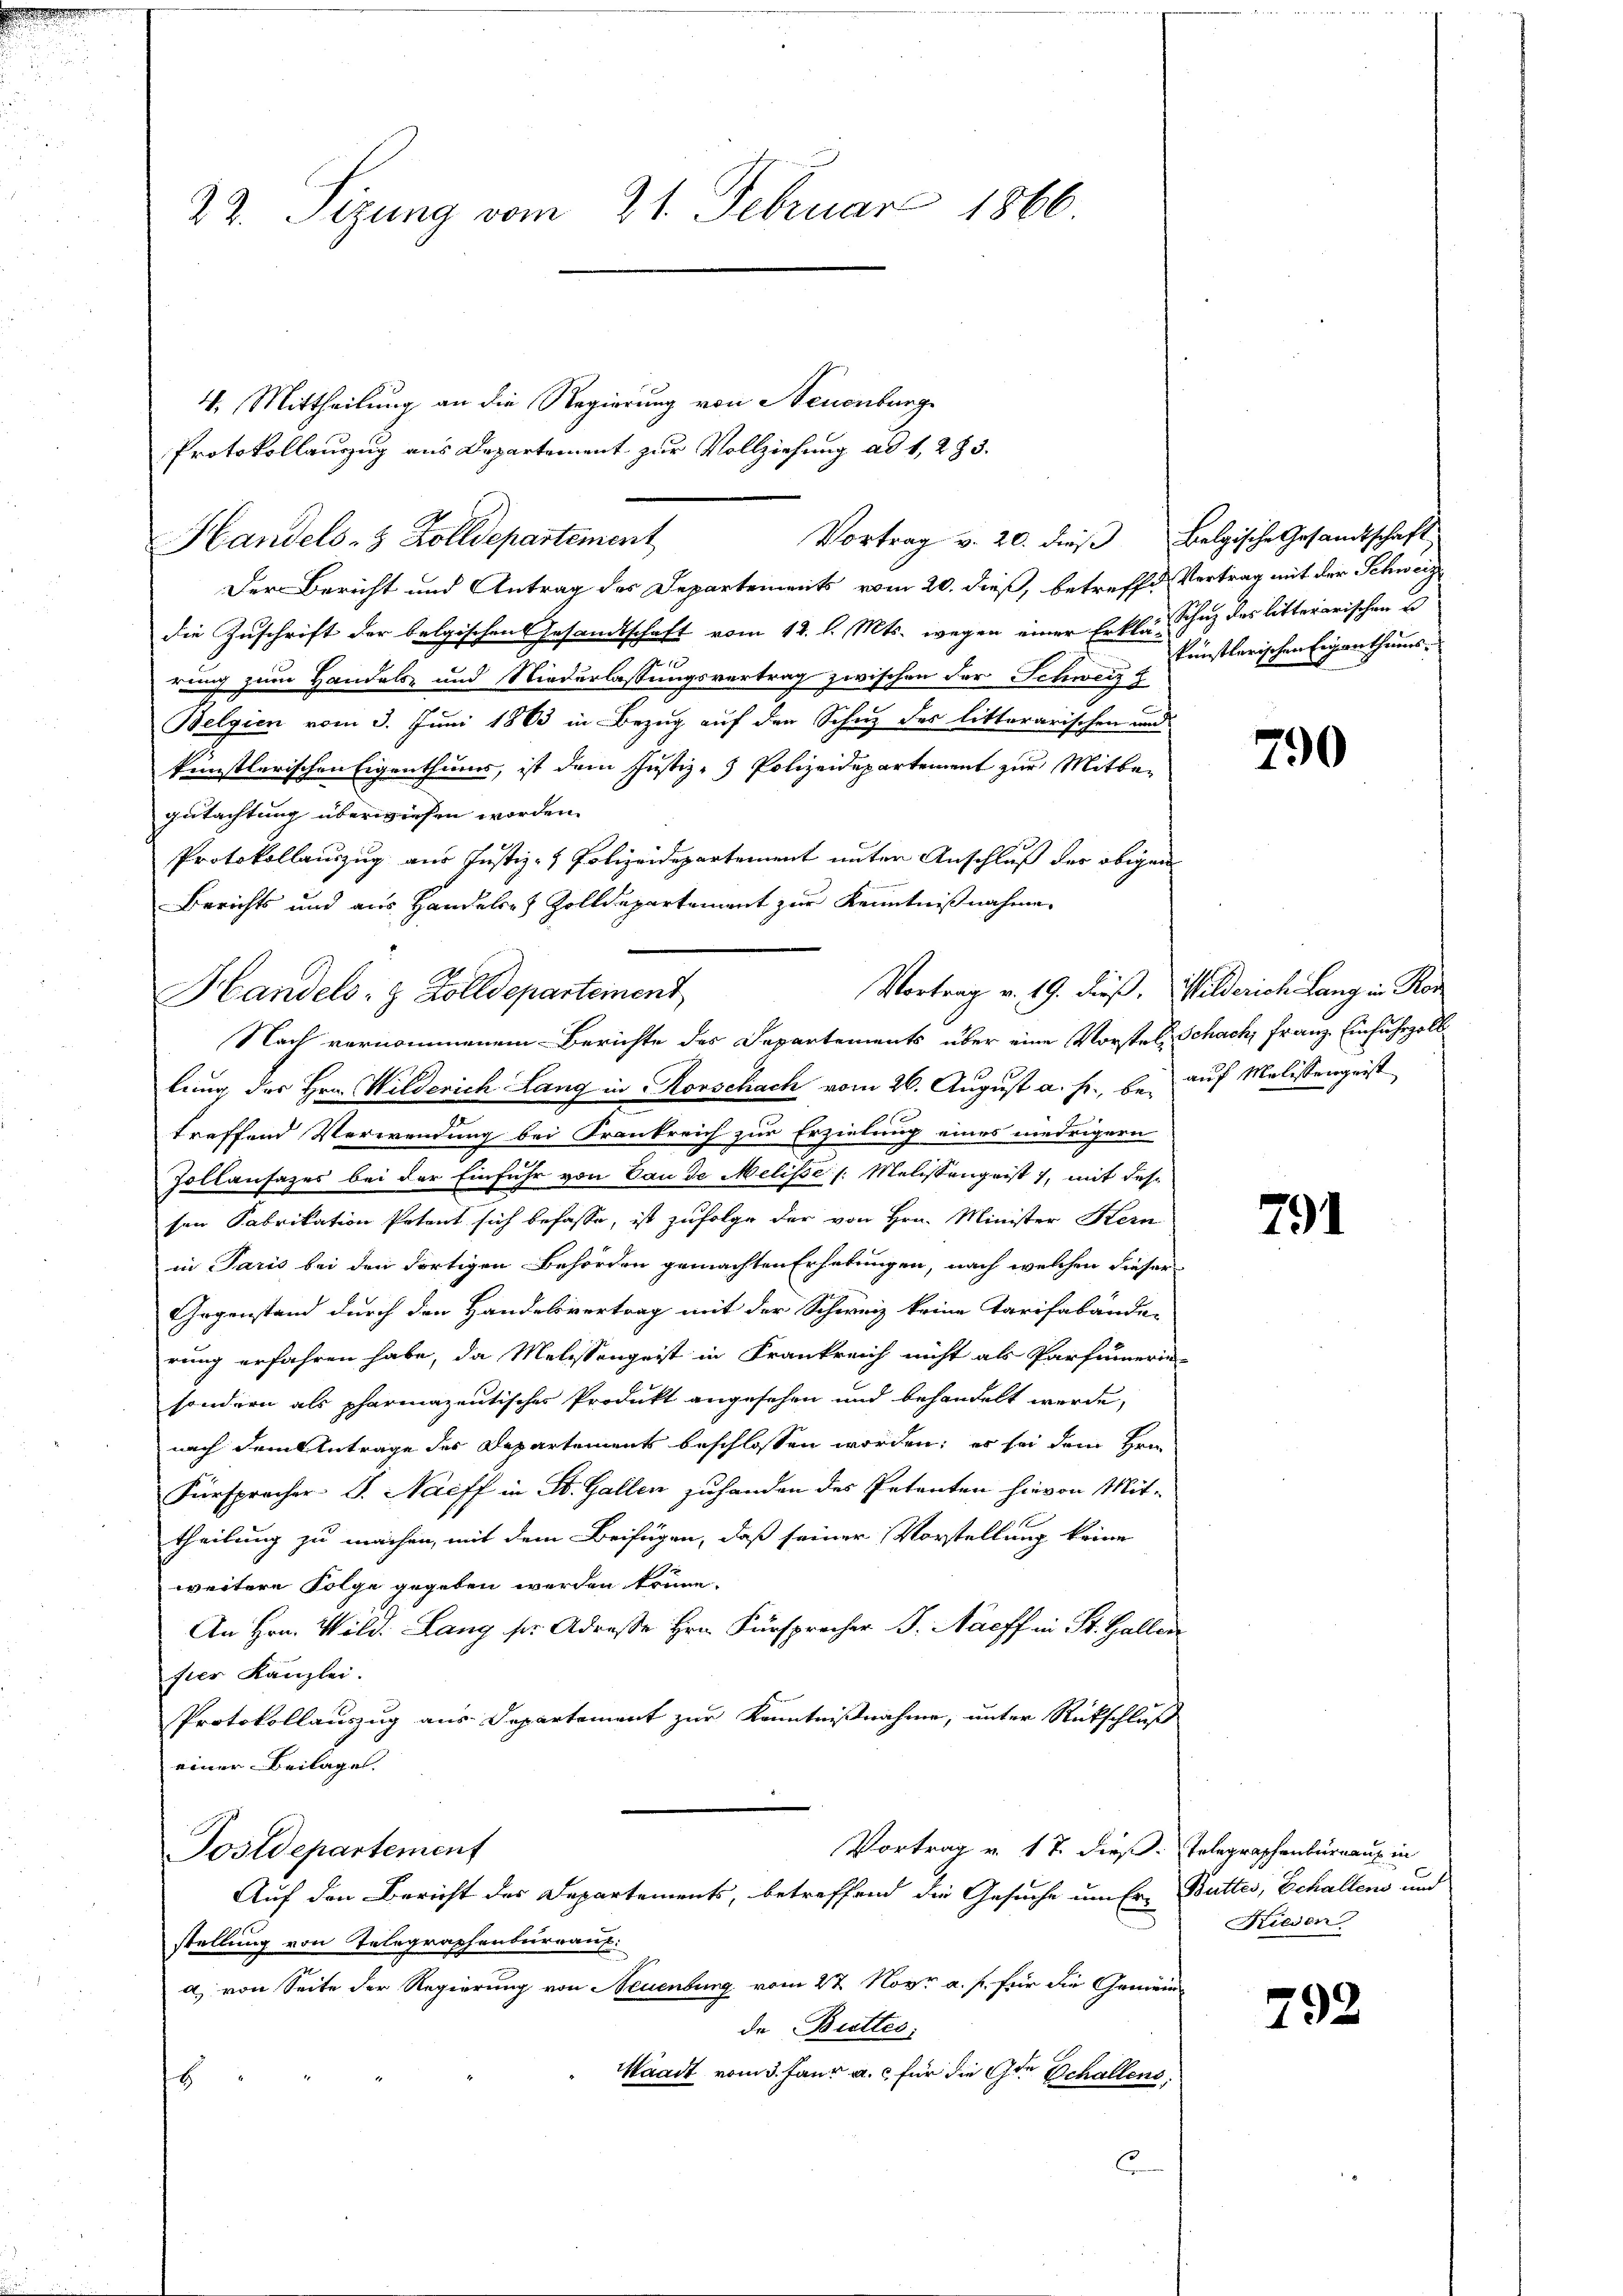
22. Sizung vom 21. Februar 1866

4. Mittheilung an die Regierung von Neuenburg
Protokollauszug aus Departement zur Vollziehung ad 1, 2 § 3.
Handels- 3 Zolldepartement
Der Bericht und Antrag des Departements vom 20. dieß, betreffe Vertrag mit der Schweize
die Zuschrift der belgischen Gesandtschaft vom 12. l. Mts. wegen einer Erklär, Schuz des litterarischen u
e
rung zum Handels- und Niederlassungsvertrag zwischen der Schweiz z
Belgien vom 3. Juni 1863 in Bezug auf den Schutz des litterarischen und
künstlerischen Eigenthums, ist dem Justiz- Polizeidepartement zur Mitbegutachtung überwiesen worden.
Protokollauszug aus Justiz- Polizeidepartement unter Anschluß der obigen
Berichts und aus Handeler Zolldepartement zur Kenntnißnahme.
Handels- & Zolldepartement
lung des Hrn. Wilderich Lang in Korschach vom 26. August a. f., bei auf Molissengeist
treffend Verwendung bei Frankreich zur Erzielung eines niedrigern
Zollausazes bei der Einfuhr von Bau de Melisse [: Melistengeist, mit des
sen Fabrikation Petent sich befasse, ist zufolge der von Hrn. Minister Kern
in Paris bei den dortigen Behörden gemachten Erhebungen, nach welchen dieser
Gegenstand durch den Handelsvertrag mit der Schweiz keine Tarifabände-
rung erfahren habe, da Melissengeist in Frankreich nicht als Parfumerin-
sondern als pharmazentisches Produkt angesehen und behandelt werde,
nach dem Antrage der Departement beschlossen worden; er sei dem Hrn.
Fürspracher G. Naeff in St. Gallen zuhanden des Petenten hievon Mit-
theilung zu machen, mit dem Beifügen, daß seiner Vorstellung keine
weitere Folge gegeben werden könne.
An Hrn. Wild. Lang sr. Adresse Hrn. Fürspracher F. Nacff in St. Gallen
sier Kanzlei.
Protokollauszug aus Departement zur Kenntnißnahme, unter Rückschluß
einer Beilage.
Vortrag v. 17. dieß. Telegraphenbüreau in
Postdepartement
Auf den Bericht des Departements, betreffend die Gesuche um Er, Butter, Schallens und
stellung von Telegraphenburraus:
a) von Seite der Regierung von Neuenburg vom 27. Nov. a. f. für die Gemeinde Butter,
Waadt vom 3. Janr a. c. für die 9te Schallens
s

Vortrag v. 20. dieß Belgische Gesandtschaft

Nach vernommenem Berichte des Departements über eine Vorstel, Schach, Franz. Einfuhrzoll

Vortrag v. 19. dieß, Wilderich Lang in Ros

C

künstlerischen Eigenthums-

790

791

Frieden

792